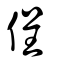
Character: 侱